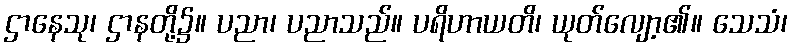
ဌာနေသု၊ ဌာနတို့၌။ ပညာ၊ ပညာသည်။ ပရိဟာယတိ၊ ယုတ်လျော့၏။ သေသံ၊